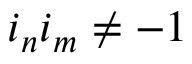
i _ { n } i _ { m } \neq - 1